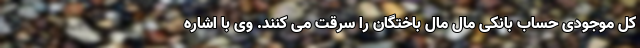
کل موجودی حساب بانکی مال مال باختگان را سرقت می کنند. وی با اشاره